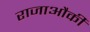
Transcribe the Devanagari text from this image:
राजाऔकी